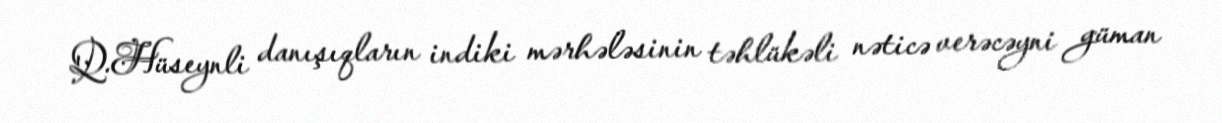
Q.Hüseynli danışıqların indiki mərhələsinin təhlükəli nəticə verəcəyni güman